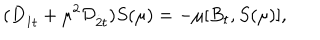
( D _ { { \dot { 1 } } t } + \mu ^ { 2 } { \cal D } _ { { \dot { 2 } } t } ) S ( \mu ) = - \mu [ B _ { t } , S ( \mu ) ] ,